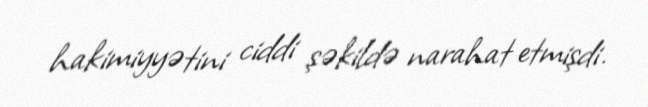
hakimiyyətini ciddi şəkildə narahat etmişdi.